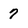
Character: 7